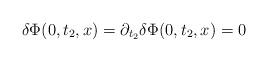
LaTeX: \begin{align*}\delta\Phi(0,t_2,x)=\partial_{t_2}\delta\Phi(0,t_2,x)=0\end{align*}